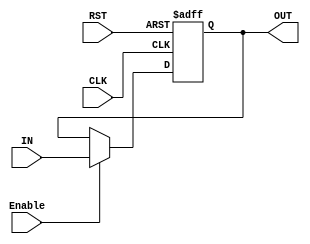
module Register (
    input   wire    [31:0]      IN,
    input   wire                CLK,
    input   wire                RST,
    input   wire                Enable,
    output  reg     [31:0]      OUT            
);
    

    always @(posedge CLK , negedge RST) begin
        if (!RST) begin
            OUT <= 32'b0;
        end else begin
            if(Enable) begin
                OUT <= IN;
            end
        end
    end


endmodule